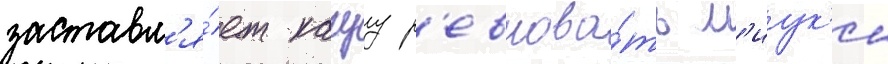
заставл'я́ет кагуу р'евнова́ть м'иук'и